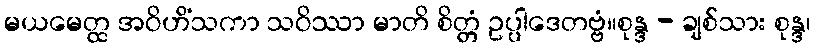
မယမေတ္ထ အဝိဟိံသကာ သဝိဿာ မာတိ စိတ္တံ ဥပ္ပါဒေတဗ္ဗံ။စုန္ဒ - ချစ်သား စုန္ဒ၊